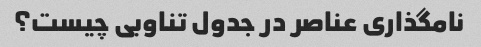
نامگذاری عناصر در جدول تناوبی چیست؟